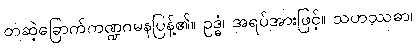
တဆဲ့ခြောက်ကဏ္ဍဂမနပြန့်၏။ ဥဒ္ဓံ၊ အရပ်အားဖြင့်။ သဟဿဓာ၊